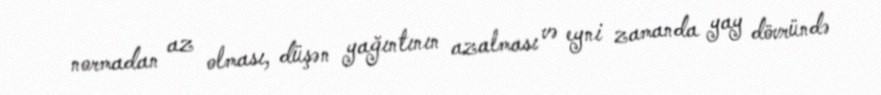
normadan az olması, düşən yağıntının azalması və eyni zamanda yay dövründə